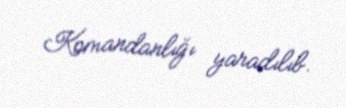
Komandanlığı yaradılıb.